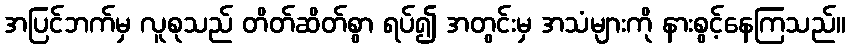
အပြင်ဘက်မှ လူစုသည် တိတ်ဆိတ်စွာ ရပ်၍ အတွင်းမှ အသံများကို နားစွင့်နေကြသည်။